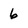
Character: 6